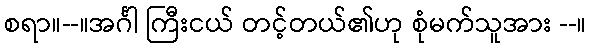
စရာ။--။အင်္ဂါ ကြီးငယ် တင့်တယ်၏ဟု စုံမက်သူအား --။